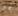
هو